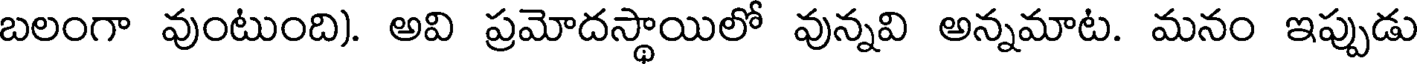
బలంగా వుంటుంది). అవి ప్రమోదస్థాయిలో వున్నవి అన్నమాట. మనం ఇప్పుడు